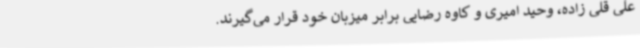
علی قلی زاده، وحید امیری و کاوه رضایی برابر میزبان خود قرار می‌گیرند.